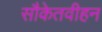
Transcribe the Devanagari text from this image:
सौकेतवीहन